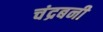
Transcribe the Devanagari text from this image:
चंद्रबनी